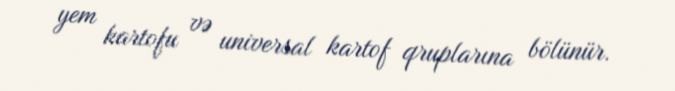
yem kartofu və universal kartof qruplarına bölünür.